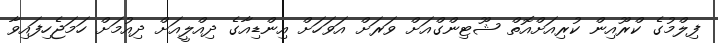
ފިލްމުގެ ކްރޫއިން ކުރިއަށްއޮތް ޝޫޓިންގްއަށް ވަރަށް އަވަހަށް އިންޑިއާގެ ދިއްލީއަށް ދިއުމަށް ހަމަޖެހިފައިވާ